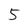
Character: 5